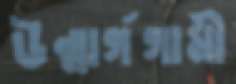
উন্মার্গগামী